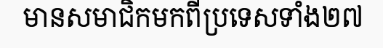
មានសមាជិកមកពីប្រទេសទាំង២៧